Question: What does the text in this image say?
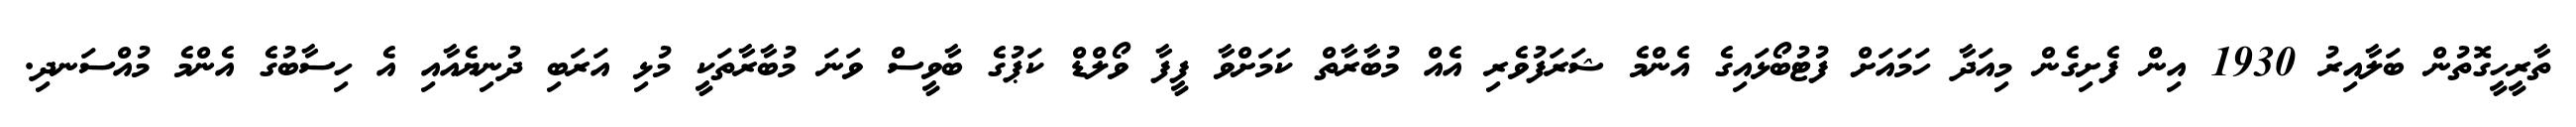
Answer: ތާރީހީގޮތުން ބަލާއިރު 1930 އިން ފެށިގެން މިއަދާ ހަމައަށް ފުޓުބޯޅައިގެ އެންމެ ޝަރަފުވެރި އެއް މުބާރާތް ކަމަށްވާ ފީފާ ވޯލްޑް ކަޕުގެ ބާވީސް ވަނަ މުބާރާތަކީ މުޅި އަރަބި ދުނިޔެއާއި އެ ހިސާބުގެ އެންމެ މުއްސަނދި.